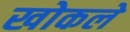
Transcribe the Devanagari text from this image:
खोकले